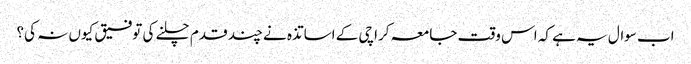
اب سوال یہ ہے کہ اس وقت جامعہ کراچی کے اساتذہ نے چند قدم چلنے کی توفیق کیوں نہ کی؟